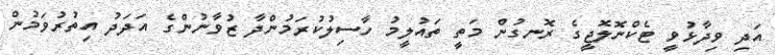
އަދި ވިދާޅުވީ ޓެކްނޮލޮޖީގެ ރޮނގުން މަތީ ތައުލީމު ހާސިލުކުރަމުންދާ ޒުވާނުންގެ އަދަދު އިތުރުވަމުން